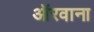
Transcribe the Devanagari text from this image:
ऑरवाना